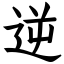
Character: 逆